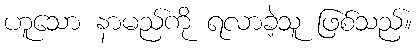
ဟူသော နာမည်ကို ရလာခဲ့သူ ဖြစ်သည်။